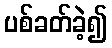
ပစ်ခတ်ခဲ့၍